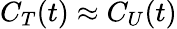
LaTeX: C_{T}(t)\approx C_{U}(t)